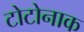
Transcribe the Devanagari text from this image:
टोटोनाक